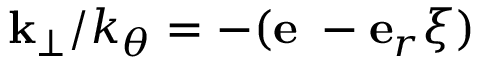
{ \bf k } _ { \perp } / k _ { \theta } = - ( { \bf e _ { \theta } } - { \bf e } _ { r } \xi )